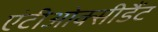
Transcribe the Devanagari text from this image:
एंटीओक्सीडैंट